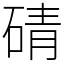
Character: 碃